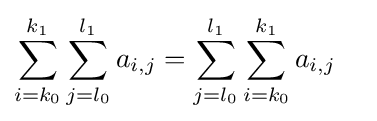
\sum _{i=k_{0}}^{k_{1}}\sum _{j=l_{0}}^{l_{1}}a_{i,j}=\sum _{j=l_{0}}^{l_{1}}\sum _{i=k_{0}}^{k_{1}}a_{i,j}\quad